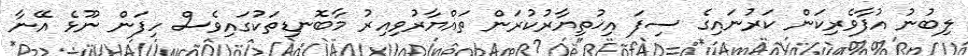
ލިބުނު އުފާވެރިކަން ކަރުނައިގެ ސިފަ އިޚުތިޔާރުކުރަން ތައްޔާރުވިއިރު މާބޮނޑިތަކުގައިވެސް ހިފަން ނޫޅެ އޭނާ